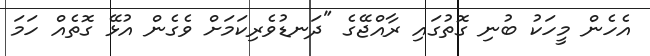
އެހެން މީހަކު ބުނި ގޮތުގައި ރާއްޖޭގެ "ދަނޑުވެރިކަމަށް ވެގެން އުޅޭ ގޮތެއް ހަމަ